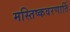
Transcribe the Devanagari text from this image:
मस्तिष्कवरणार्ति